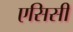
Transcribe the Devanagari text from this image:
एसिसी